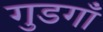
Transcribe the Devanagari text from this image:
गुडगाँ